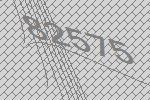
82575